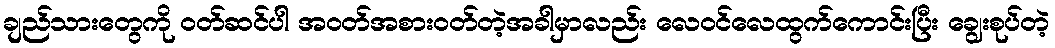
ချည်သားတွေကို ဝတ်ဆင်ပါ အဝတ်အစားဝတ်တဲ့အခါမှာလည်း လေဝင်လေထွက်ကောင်းပြီး ချွေးစုပ်တဲ့